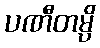
ပဏီတမ္ပိ